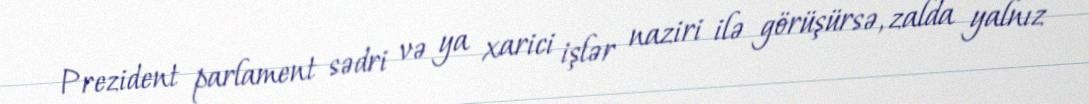
Prezident parlament sədri və ya xarici işlər naziri ilə görüşürsə, zalda yalnız